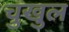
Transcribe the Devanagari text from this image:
चुखुल